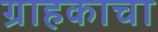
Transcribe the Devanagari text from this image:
ग्राहकाचा